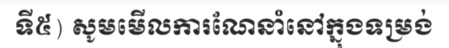
ទី៥) សូមមើលការណែនាំនៅក្នុងទម្រង់